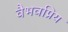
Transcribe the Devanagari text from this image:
वैभवप्रिय